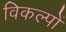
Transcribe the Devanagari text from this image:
विकल्‍पों